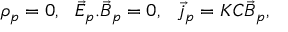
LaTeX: \rho _ { p } = 0 , \ \ \vec { E } _ { p } . \vec { B } _ { p } = 0 , \ \ \vec { j } _ { p } = K C \vec { B } _ { p } ,